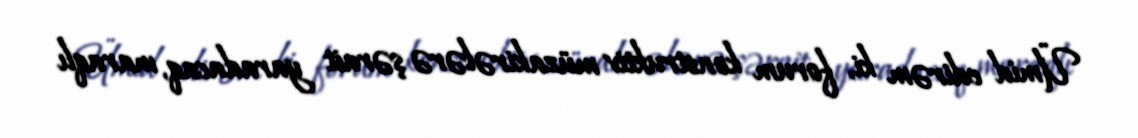
Ümid edirəm ki, forum konstruktiv müzakirələrə şərait yaradacaq, maraqlı